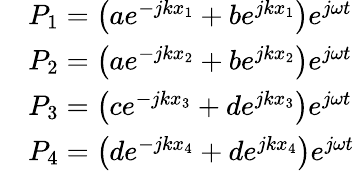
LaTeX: \begin{array}{rl}&{P_{1}=\left(ae^{-jkx_{1}}+be^{jkx_{1}}\right)e^{j\omega t}}\\ &{P_{2}=\left(ae^{-jkx_{2}}+be^{jkx_{2}}\right)e^{j\omega t}}\\ &{P_{3}=\left(ce^{-jkx_{3}}+de^{jkx_{3}}\right)e^{j\omega t}}\\ &{P_{4}=\left(de^{-jkx_{4}}+de^{jkx_{4}}\right)e^{j\omega t}}\end{array}